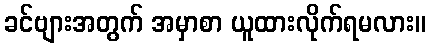
ခင်ဗျားအတွက် အမှာစာ ယူထားလိုက်ရမလား။